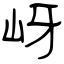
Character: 岈